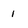
Character: 1